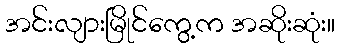
အင်းလျားမြိုင်ကွေ့က အဆိုးဆုံး။